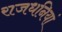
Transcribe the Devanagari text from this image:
राजधनियां